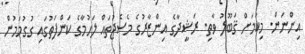
އިންނަން. މިކަމަށް ޤަބޫލު ވާތި. ރަޝީދާގެ އިންޒާރުގެ މެސެޖުތައް ލަހުމާގެ ކަންފަތުގައި ގުގުމަމުން